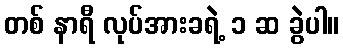
တစ် နာရီ လုပ်အားခရဲ့ ၁ ဆ ခွဲပါ။